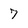
Character: 7